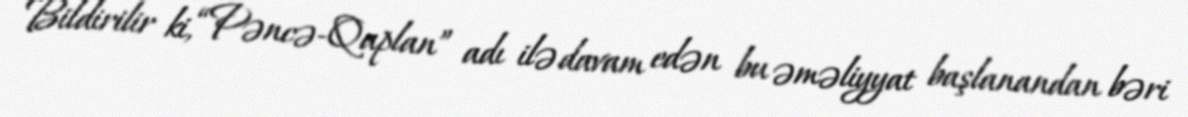
Bildirilir ki, “Pəncə-Qaplan” adı ilə davam edən bu əməliyyat başlanandan bəri